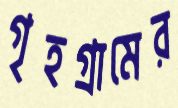
গৃহগ্রামের